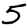
Digit: 5